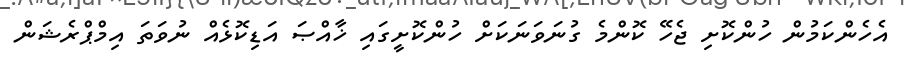
އެހެންކަމުން ހުންކޮށި ޖެހޭ ކޮންމެ ގުނަވަނަކަށް ހުންކޮށީގައި ޚާއްޞަ އަޑިކޮޅެއް ނުވަތަ އިމްޕްރެޝަން